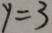
y = 3